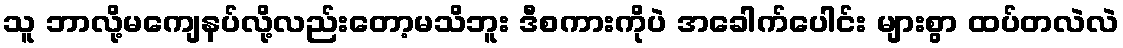
သူ ဘာလို့မကျေနပ်လို့လည်းတော့မသိဘူး ဒီစကားကိုပဲ အခေါက်ပေါင်း များစွာ ထပ်တလဲလဲ